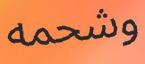
وشحمه